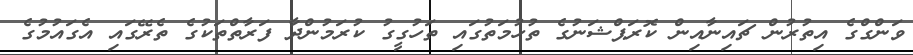
ވަންގްގެ އިތުރުން ޗައިނާއިން ކޮރަޕްޝަނުގެ ތުހުމަތުގައި ތަހުގީގު ކުރަމުންދާ ފަރާތްތަކުގެ ތެރޭގައި އެގައުމުގެ